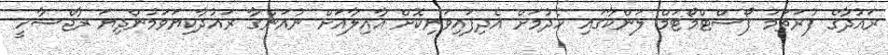
ރައުދާގެ ފުރަތަމަ ޕޯސްޓްމޯޓަމް ލަންކާގައި ހެދުމަށް އެދިފައިވަނިކޮށް އާއިލާއަށް ނުއަންގާ ރައުދާކިޔަވަމުންދިޔަ ރާޖްސާހީ